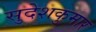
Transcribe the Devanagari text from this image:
सुदेशकुमार